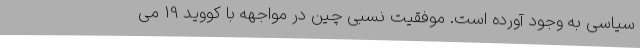
سیاسی به وجود آورده است. موفقیت نسبی چین در مواجهه با کووید 19 می